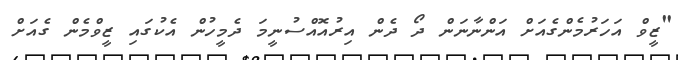
"ޒީވް އަހަރުމެންގެއަށް އަންނާނަން ދޯ ދެން އިރުއޮއްސުނީމަ ދެމީހުން އެކުގައި ޒީވްމެން ގެއަށް